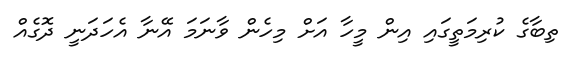
ތިބާގެ ކުރިމަތީގައި އިން މީހާ އަށް މިހެން ވާނަމަ އޭނާ އެހަދަނީ ދޮގެއް